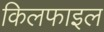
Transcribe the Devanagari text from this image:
किलफाइल